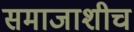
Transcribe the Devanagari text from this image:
समाजाशीच